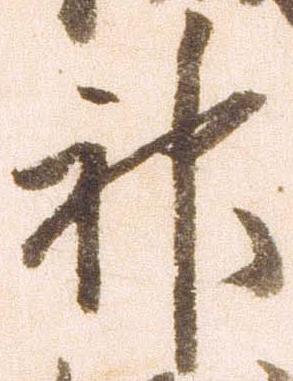
神